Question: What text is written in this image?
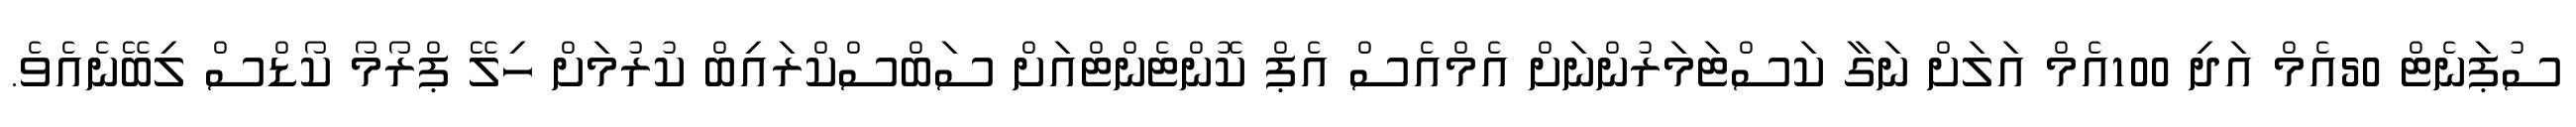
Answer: ސުޕަނެޓް 50އެމް އަދި 100އެމް އަލަށް ނަގާ ކަސްޓަމަރުންނަށް އެމްއެސް އެޕް ކޮންޓެންޓްއަށް ސަބްސްކްރައިބް ކުރުމަށް ހިލޭ ޕްރޯމޯ ކޯޑްސް ލިބޭނެއެވެ.